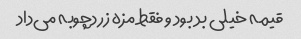
قیمه خیلی بد بود و فقط مزه زردچوبه می‌داد